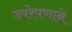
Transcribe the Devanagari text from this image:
उपरेपणाने